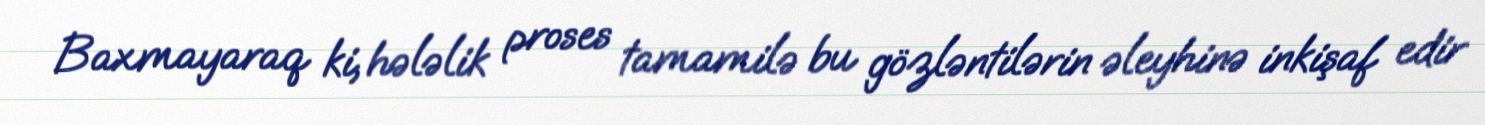
Baxmayaraq ki, hələlik proses tamamilə bu gözləntilərin əleyhinə inkişaf edir